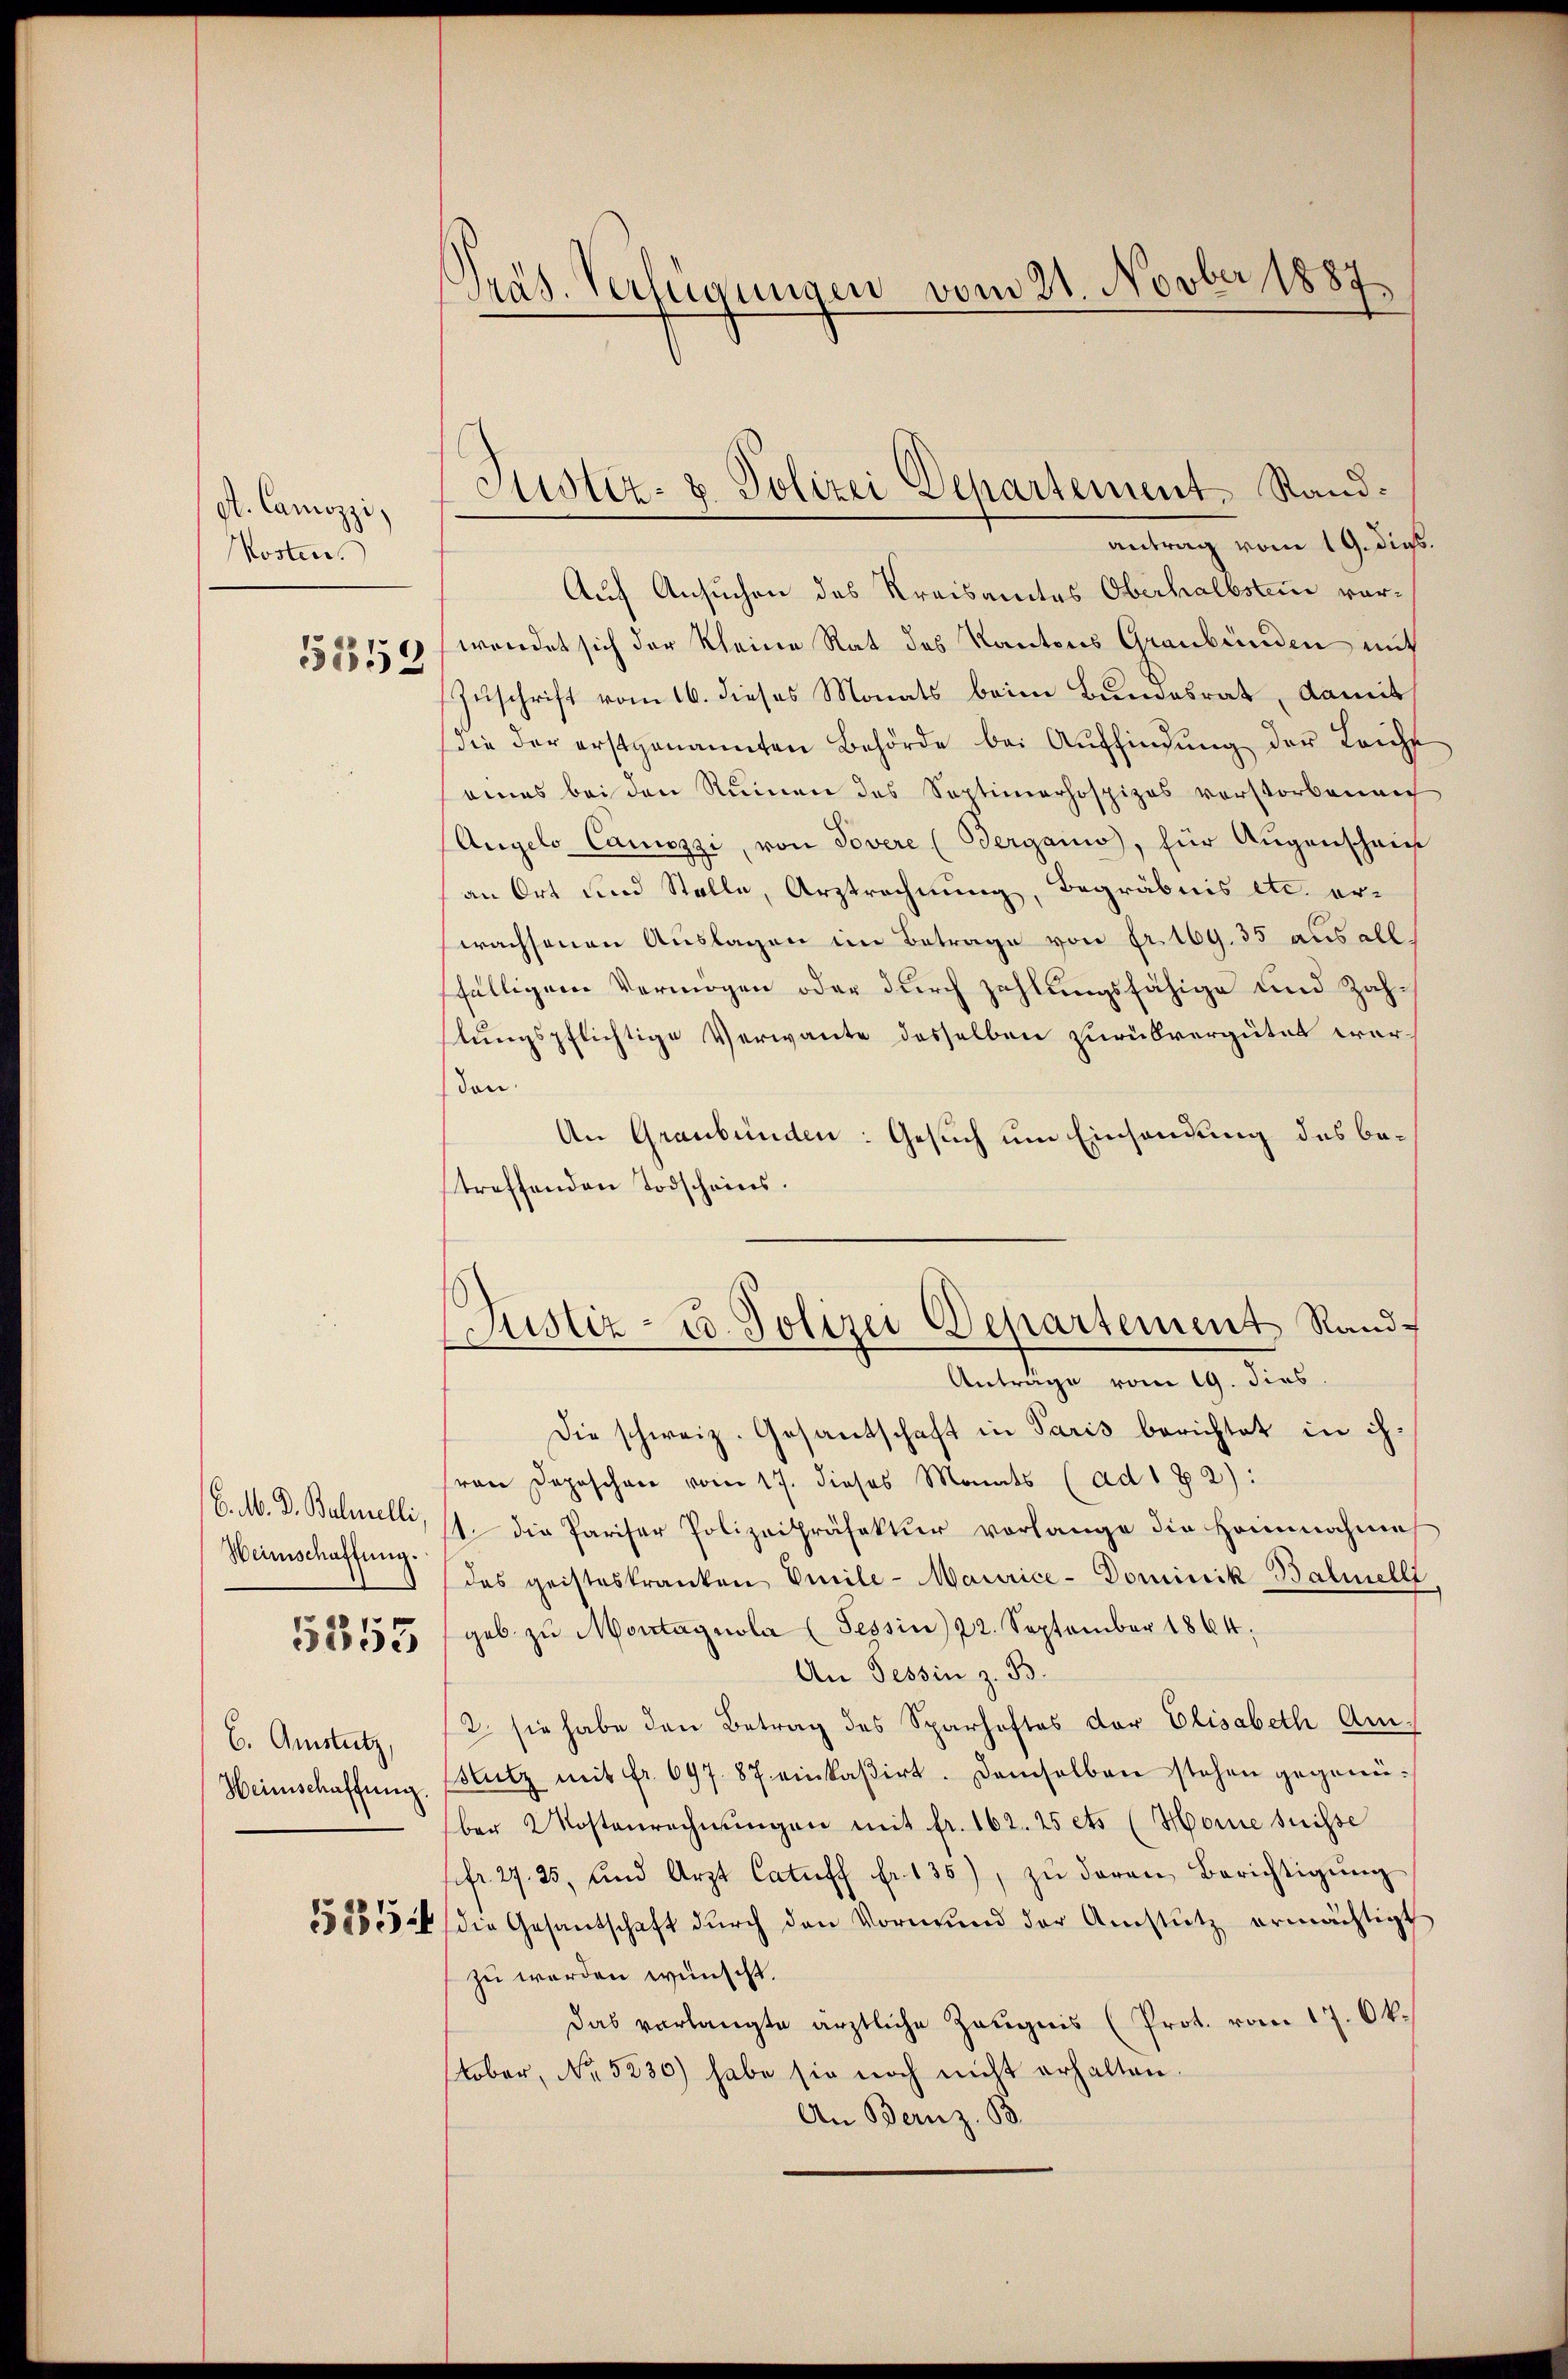
A. Canozzi,
Mosten.

5852

6. M. D. Balmelli
Heimschaffung.

5355

C. Amstutz,
Heimschaffung.

525

Präs. Verfügungen vom 21. Novber 1887

Justiz- & Polizei Departement. Sand¬

antrag vom 19. dieß.
Auf Ansuchen des Kreisamtes Oberhalbstein vorwendet sich der Kleine Rat des Kantons Graubünden mit
Zuschrift vom 16. dieses Monats beim Bundesrat, damit
die der erstgenannten Behörde bei Aŭffindŭng der Leicht
eines bei den Ruinen des Soptimarhospizos vorstorbenen
Angelo Canozzi, von Tovere (Bergano, für Augenschein
an Ort und Stelle, Arztrechnung, Begräbnis etc. erwachsenen Auslagen im Betrage von fr. 169. 35 aus all
ffälligem Vermögen oder durch zahlungsfähige und Zahlungspflichtige Verwante desselben zurükvergütet wordon.
An Graubünden: Gesuch um Einsendung des betreffenden Todscheins.
(Justiz- u. Polizei Departement Rand¬
Anträge vom 19. dies
Die schweiz. Gesantschaft in Paris berichtet in ih¬
(von Depeschen vom 17. dieses Monats (ad 1 Z 2):
st. Die Pariser Polizeipräfektur vorlange die Heinnahme
das geisteskranken Emile-Maurice-Dominik-Balmelli,
geb. zŭ Montagnola (Tessin 22. September 1864;
An Tessin z. B.
2. sie habe den Betrag des Sparhaftes der Elisabeth Am¬
Stutz mit fr. 697. 87 einkasirt. Demselben stehen gegenüber Kostenrechnŭngen mit fr. 162. 25 ets (Horne suisse
sfr. 27. 25, und Arzt Catuff fr. 135), zŭ deren Berichtigŭng
die Gesantschaft durch den Vormund der Amstutz ermächtigt
zu werden wünscht.
Das verlangte ärztliche Zeugnis (Prot. vom 17. Okstober, No. 5230) habe sie noch nicht erhalten.
An Bernz. B.